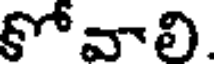
కోవాలి.